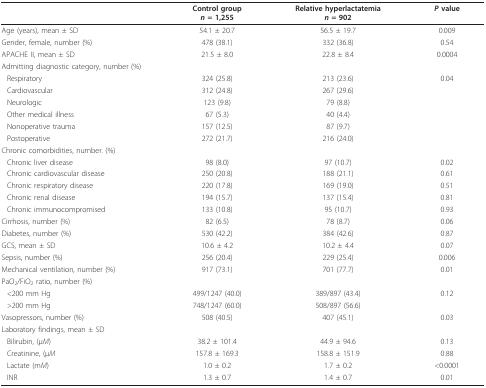
<table><thead><tr><td></td><td><b>Control group<i>n </i>= 1,255</b></td><td><b>Relative hyperlactatemia<i>n </i>= 902</b></td><td><b><i>P </i>value</b></td></tr></thead><tbody><tr><td>Age (years), mean ± SD</td><td>54.1 ± 20.7</td><td>56.5 ± 19.7</td><td>0.009</td></tr><tr><td>Gender, female, number (%)</td><td>478 (38.1)</td><td>332 (36.8)</td><td>0.54</td></tr><tr><td>APACHE II, mean ± SD</td><td>21.5 ± 8.0</td><td>22.8 ± 8.4</td><td>0.0004</td></tr><tr><td colspan="4">Admitting diagnostic category, number (%)</td></tr><tr><td>Respiratory</td><td>324 (25.8)</td><td>213 (23.6)</td><td>0.04</td></tr><tr><td>Cardiovascular</td><td>312 (24.8)</td><td>267 (29.6)</td><td></td></tr><tr><td>Neurologic</td><td>123 (9.8)</td><td>79 (8.8)</td><td></td></tr><tr><td>Other medical illness</td><td>67 (5.3)</td><td>40 (4.4)</td><td></td></tr><tr><td>Nonoperative trauma</td><td>157 (12.5)</td><td>87 (9.7)</td><td></td></tr><tr><td>Postoperative</td><td>272 (21.7)</td><td>216 (24.0)</td><td></td></tr><tr><td colspan="4">Chronic comorbidities, number. (%)</td></tr><tr><td>Chronic liver disease</td><td>98 (8.0)</td><td>97 (10.7)</td><td>0.02</td></tr><tr><td>Chronic cardiovascular disease</td><td>250 (20.8)</td><td>188 (21.1)</td><td>0.61</td></tr><tr><td>Chronic respiratory disease</td><td>220 (17.8)</td><td>169 (19.0)</td><td>0.51</td></tr><tr><td>Chronic renal disease</td><td>194 (15.7)</td><td>137 (15.4)</td><td>0.81</td></tr><tr><td>Chronic immunocompromised</td><td>133 (10.8)</td><td>95 (10.7)</td><td>0.93</td></tr><tr><td>Cirrhosis, number (%)</td><td>82 (6.5)</td><td>78 (8.7)</td><td>0.06</td></tr><tr><td>Diabetes, number (%)</td><td>530 (42.2)</td><td>384 (42.6)</td><td>0.87</td></tr><tr><td>GCS, mean ± SD</td><td>10.6 ± 4.2</td><td>10.2 ± 4.4</td><td>0.07</td></tr><tr><td>Sepsis, number (%)</td><td>256 (20.4)</td><td>229 (25.4)</td><td>0.006</td></tr><tr><td>Mechanical ventilation, number (%)</td><td>917 (73.1)</td><td>701 (77.7)</td><td>0.01</td></tr><tr><td>PaO<sub>2</sub>/FiO<sub>2 </sub>ratio, number (%)</td><td></td><td></td><td></td></tr><tr><td>&lt;200 mm Hg</td><td>499/1247 (40.0)</td><td>389/897 (43.4)</td><td>0.12</td></tr><tr><td>&gt;200 mm Hg</td><td>748/1247 (60.0)</td><td>508/897 (56.6)</td><td></td></tr><tr><td>Vasopressors, number (%)</td><td>508 (40.5)</td><td>407 (45.1)</td><td>0.03</td></tr><tr><td colspan="4">Laboratory findings, mean ± SD</td></tr><tr><td>Bilirubin, (μ<i>M</i>)</td><td>38.2 ± 101.4</td><td>44.9 ± 94.6</td><td>0.13</td></tr><tr><td>Creatinine, (μ<i>M</i></td><td>157.8 ± 169.3</td><td>158.8 ± 151.9</td><td>0.88</td></tr><tr><td>Lactate (m<i>M</i>)</td><td>1.0 ± 0.2</td><td>1.7 ± 0.2</td><td>&lt;0.0001</td></tr><tr><td>INR</td><td>1.3 ± 0.7</td><td>1.4 ± 0.7</td><td>0.01</td></tr></tbody></table>